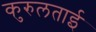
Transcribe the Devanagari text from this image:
कुरुलताई